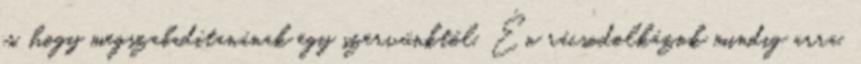
is, hogy megszabadítanának egy szervünktől. Én rácsodolkázok mindig arra,